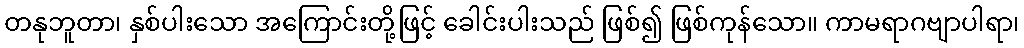
တနုဘူတာ၊ နှစ်ပါးသော အကြောင်းတို့ဖြင့် ခေါင်းပါးသည် ဖြစ်၍ ဖြစ်ကုန်သော။ ကာမရာဂဗျာပါရာ၊